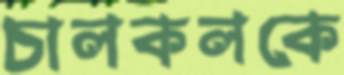
চালকলকে